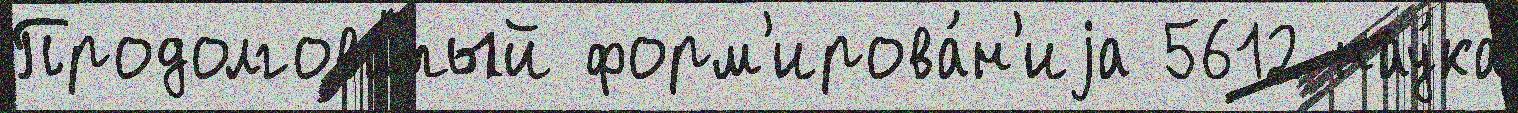
Продолгова́тый форм'ирова́н'иjа 5612 нау́ка